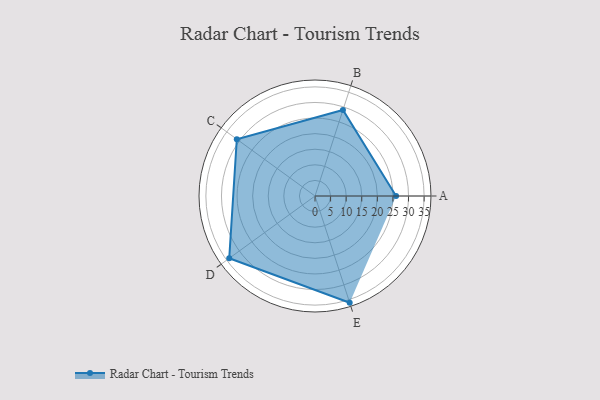
{"axis": {"x": "Skill", "y": "Score"}, "legend": ["Profile"], "data": [{"x": "A", "y": 26.0, "type": "Profile"}, {"x": "B", "y": 29.0, "type": "Profile"}, {"x": "C", "y": 31.0, "type": "Profile"}, {"x": "D", "y": 34.0, "type": "Profile"}, {"x": "E", "y": 36.0, "type": "Profile"}]}